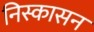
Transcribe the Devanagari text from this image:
निस्कासन